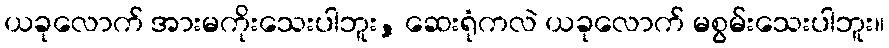
ယခုလောက် အားမကိုးသေးပါဘူး, ဆေးရုံကလဲ ယခုလောက် မစွမ်းသေးပါဘူး။